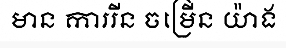
មាន ការរីន ចម្រើន យ៉ាង